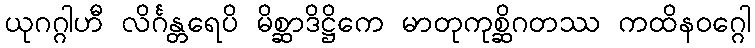
ယုဂဂ္ဂါဟီ လိင်္ဂန္တရေပိ မိစ္ဆာဒိဋ္ဌိကေ မာတုကုစ္ဆိဂတဿ ကထိနဝဂ္ဂေါ